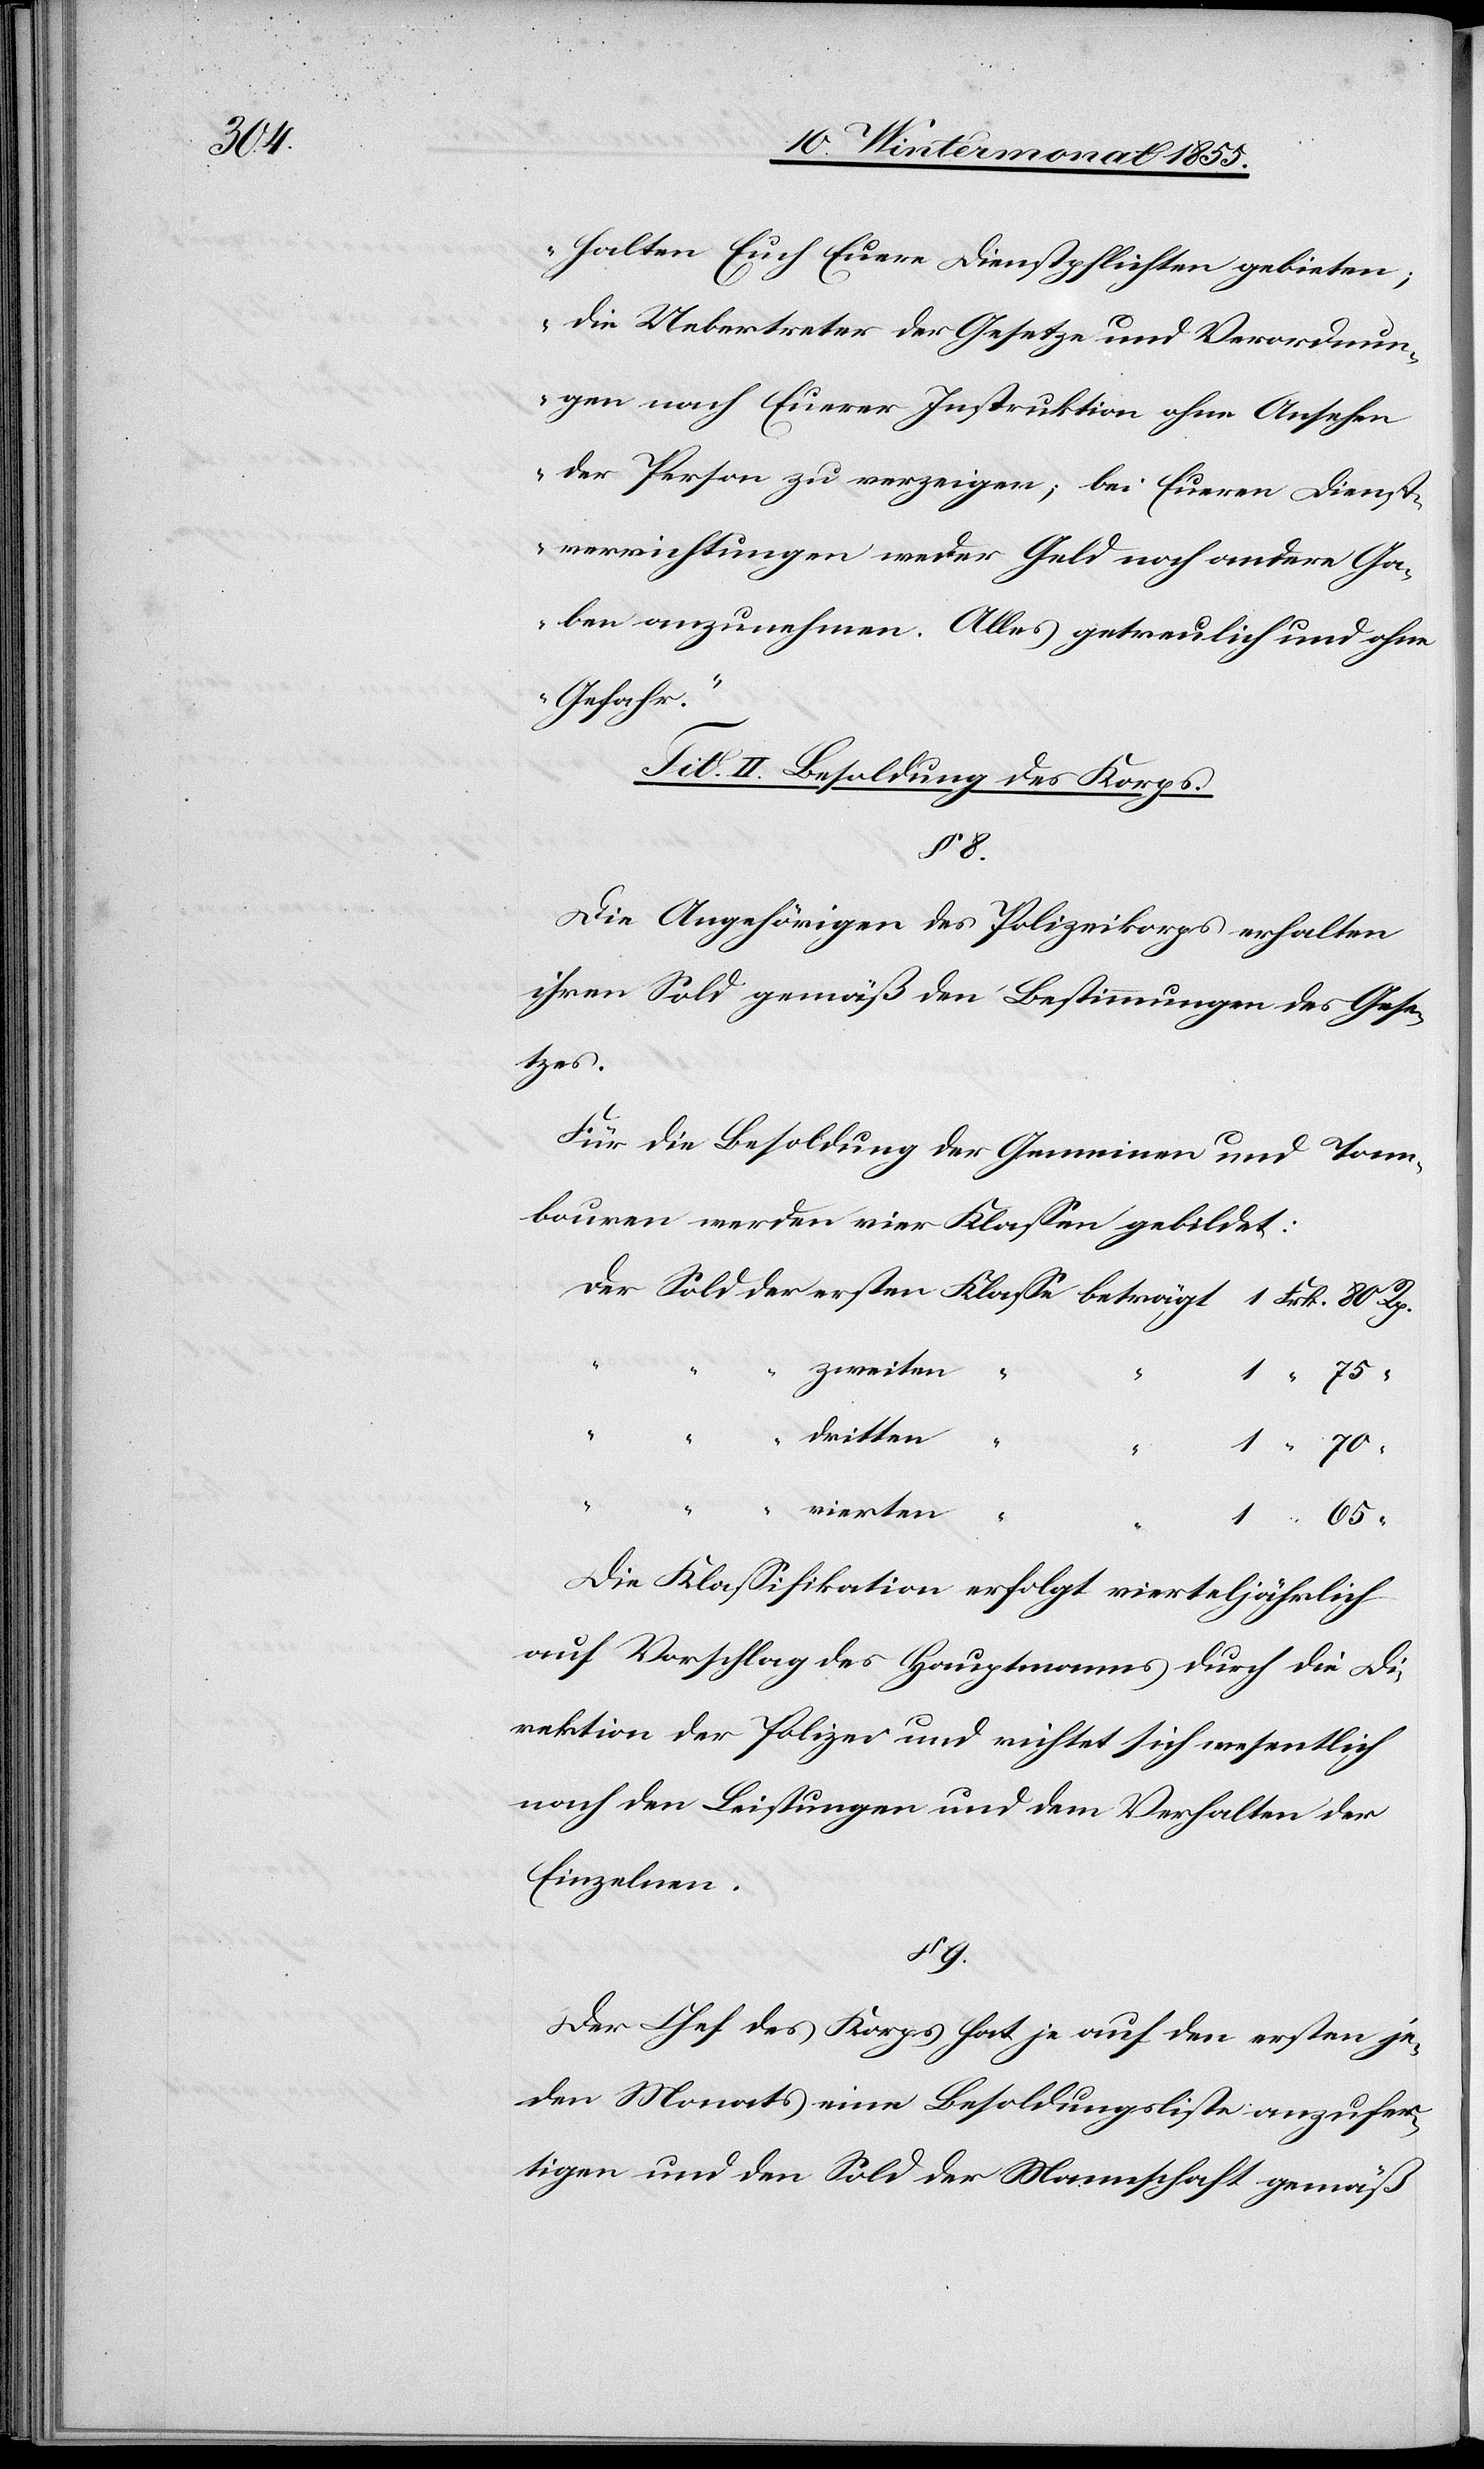
halten Euch Euere Dienstpflichten gebieten;
die Uebertreter der Gesetze und Verordnun¬
gen nach Euerer Instruktion ohne Ansehen
der Person zu verzeigen; bei Eueren Dienst¬
verrichtungen weder Geld noch andere Ga¬
ben anzunehmen. Alles getreulich und ohne
Gefahr.“
Tit. II. Besoldung des Korps.
§ 8.
Die Angehörigen des Polizeikorps erhalten
ihren Sold gemäß den Bestimmungen des Gese¬
tzes.
Für die Besoldung der Gemeinen und Tam¬
bouren werden vier Klassen gebildet:
zweiten
“
1 “ 75 “
dritten
1 “ 70
beträgt
vierten
“ 65 “
Die Klassifikation erfolgt vierteljährlich
auf Vorschlag des Hauptmanns durch die Di¬
rektion der Polizei und richtet sich wesentlich
nach den Leistungen und dem Verhalten der
Einzelnen.
§ 9.
Der Chef des Korps hat je auf den ersten je¬
den Monats eine Besoldungsliste anzufer¬
tigen und den Sold der Mannschaft gemäß